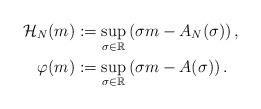
LaTeX: \begin{align*} \mathcal{H}_N (m) & := \sup_{\sigma \in \mathbb{R}} \left( \sigma m - A_N (\sigma) \right), \\\varphi(m) & := \sup_{\sigma \in \mathbb{R}} \left( \sigma m - A(\sigma) \right). \end{align*}